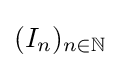
(I_{n})_{n\in \mathbb {N} }